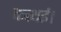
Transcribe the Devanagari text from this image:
कत्थई।